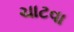
ચાટવા